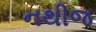
નથીજ